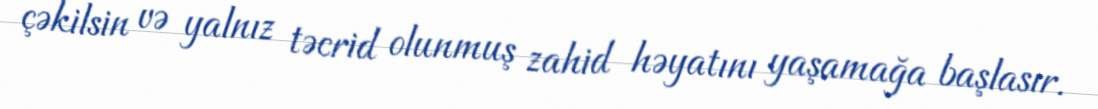
çəkilsin və yalnız təcrid olunmuş zahid həyatını yaşamağa başlasır.